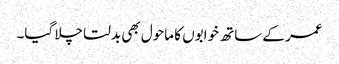
عمر کے ساتھ خوابوں کا ماحول بھی بدلتا چلا گیا۔